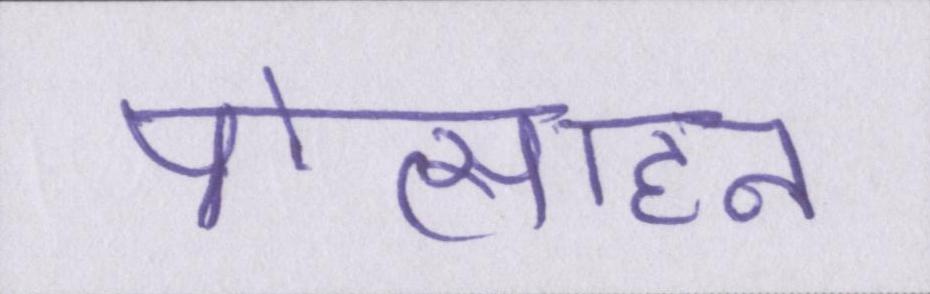
प्रोत्साहन